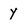
Character: y